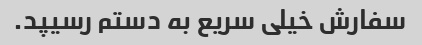
سفارش خیلی سریع به دستم رسیپد.